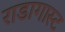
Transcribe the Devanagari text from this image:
राडागास्ट